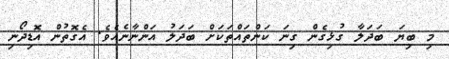
މި ބިޔަ ބަދަލާ ގުޅިގެން ގިނަ ކަންތައްތަކަށް ބަދަލު އަންނާނެއެވެ. އެގޮތުން އޮޑިދޯނި